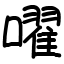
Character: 嚁